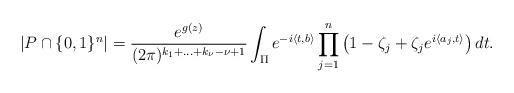
LaTeX: \begin{align*} \left|P\cap \{0,1\}^n \right| = \frac{e^{g(z)}}{(2\pi)^{k_1+\ldots+k_{\nu}-\nu+1}} \int_{\Pi} e^{-i\left<t,b\right>} \prod_{j=1}^{n}\left(1-\zeta_j+\zeta_j e^{i\left<a_j,t\right>}\right)dt. \end{align*}